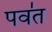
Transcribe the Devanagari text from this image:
पव॑त